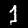
Digit: 1